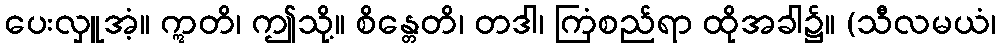
ပေးလှူအံ့။ ဣတိ၊ ဤသို့။ စိန္တေတိ၊ တဒါ၊ ကြံစည်ရာ ထိုအခါ၌။ (သီလမယံ၊